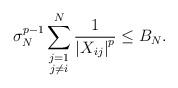
LaTeX: \begin{align*} \sigma_N^{p-1} \sum_{\substack{j = 1\\ j \neq i}}^{N} \frac{1}{\left|X_{ij}\right|^p} \leq B_N.\end{align*}